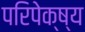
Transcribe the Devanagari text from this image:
परिपेक्ष्‍य